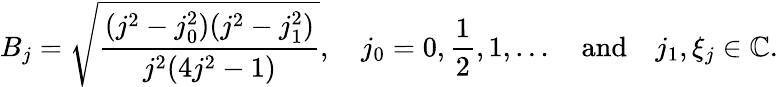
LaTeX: B_{j}={\sqrt{\frac{(j^{2}-j_{0}^{2})(j^{2}-j_{1}^{2})}{j^{2}(4j^{2}-1)}}},\quad j_{0}=0,{\frac{1}{2}},1,\ldots\quad{\mathrm{and}}\quad j_{1},\xi_{j}\in\mathbb{C}.